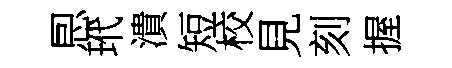
㤙玳潰短校見刻握